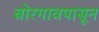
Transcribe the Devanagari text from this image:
बोरगावपासून